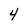
Character: 4